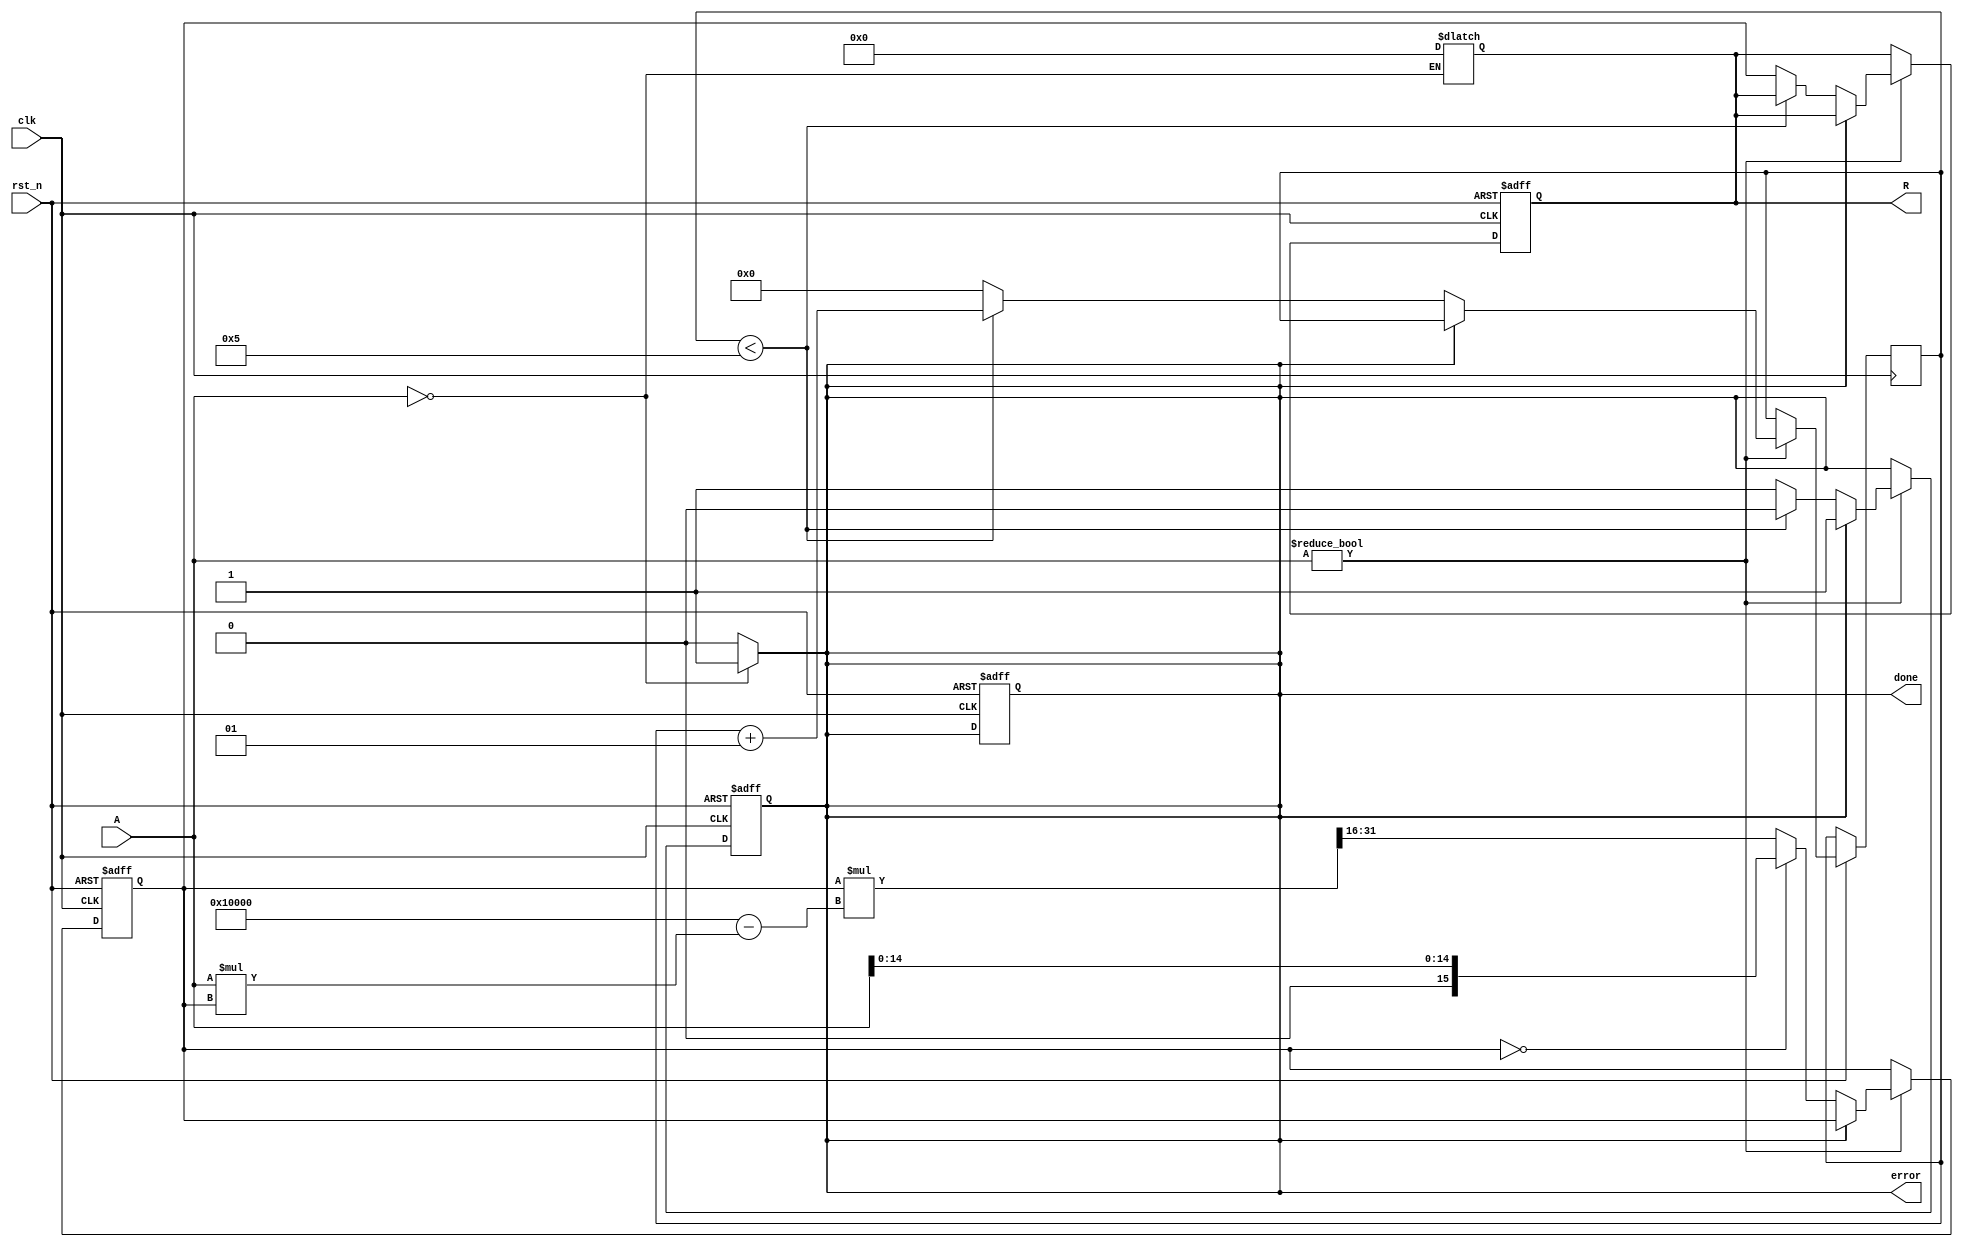
module binary_fractional_reciprocal #(
    parameter BIT_WIDTH = 16,       // Bit-width for input and output
    parameter ITERATIONS = 5         // Number of iterations for Newton-Raphson
) (
    input wire clk,                  // Clock signal
    input wire rst_n,                // Active-low reset
    input wire [BIT_WIDTH-1:0] A,   // Input Data (binary fractional)
    output reg [BIT_WIDTH-1:0] R,    // Output Data (reciprocal)
    output reg done,                 // Operation done signal
    output reg error                 // Error flag
);

    // Intermediate variables
    reg [BIT_WIDTH-1:0] x;           // Current approximation
    reg [BIT_WIDTH-1:0] x_next;      // Next approximation
    integer i;                       // Loop index

    // Combinational logic to handle zero input case
    always @(*) begin
        if (A == 0) begin
            R = {BIT_WIDTH{1'b0}};    // Return zero for zero input
            error = 1;                // Set error flag
            done = 1;                 // Indicate operation completed
        end else begin
            error = 0;                // Clear error flag
            done = 0;                 // Operation not done yet
        end
    end

    // State machine to perform Newton-Raphson iteration
    always @(posedge clk or negedge rst_n) begin
        if (!rst_n) begin
            R <= {BIT_WIDTH{1'b0}};    // Reset output
            x <= {BIT_WIDTH{1'b0}};    // Reset approximation
            done <= 0;                 // Reset done flag
            error <= 0;                // Reset error flag
        end else begin
            if (A != 0) begin
                if (!done) begin
                    // Initialize on first iteration
                    if (x == 0) begin
                        x <= {1'b0, A[BIT_WIDTH-2:0]}; // Start with initial guess
                    end else begin
                        // Newton-Raphson iteration: x_next = x * (2 - A * x)
                        x_next = x * (2 ** BIT_WIDTH - A * x) >> BIT_WIDTH; // Shift right to fix the scaling
                        x <= x_next; // Update current approximation
                    end

                    // Count iterations
                    if (i < ITERATIONS) begin
                        i = i + 1;
                    end else begin
                        R <= x;        // Set output to final approximation
                        done <= 1;     // Mark operation as done
                        i = 0;         // Reset iteration counter
                    end
                end
            end
        end
    end
endmodule